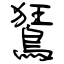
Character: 鵟